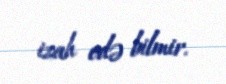
izah edə bilmir.